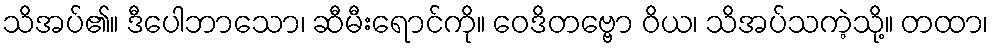
သိအပ်၏။ ဒီပေါဘာသော၊ ဆီမီးရောင်ကို။ ဝေဒိတဗ္ဗော ဝိယ၊ သိအပ်သကဲ့သို့။ တထာ၊